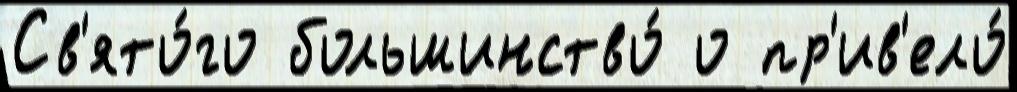
Св'ято́го большинство́ о пр'ив'ело́